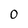
Character: 0